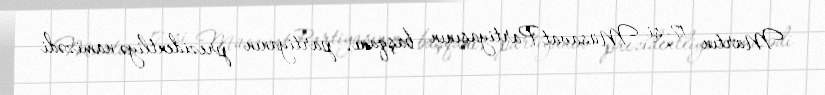
Martın 17-si Müsavat Partiyasının başqanı, partiyanın prezidentliyə namizədi